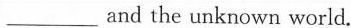
___and the unknown world.